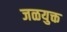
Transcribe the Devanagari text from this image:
जळयुक्त